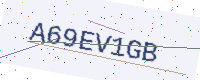
Text: A69EV1GB